Indian journal of veterinary science and animal husbandry - Volumes 28-29, 1958-1959
Year: 1958
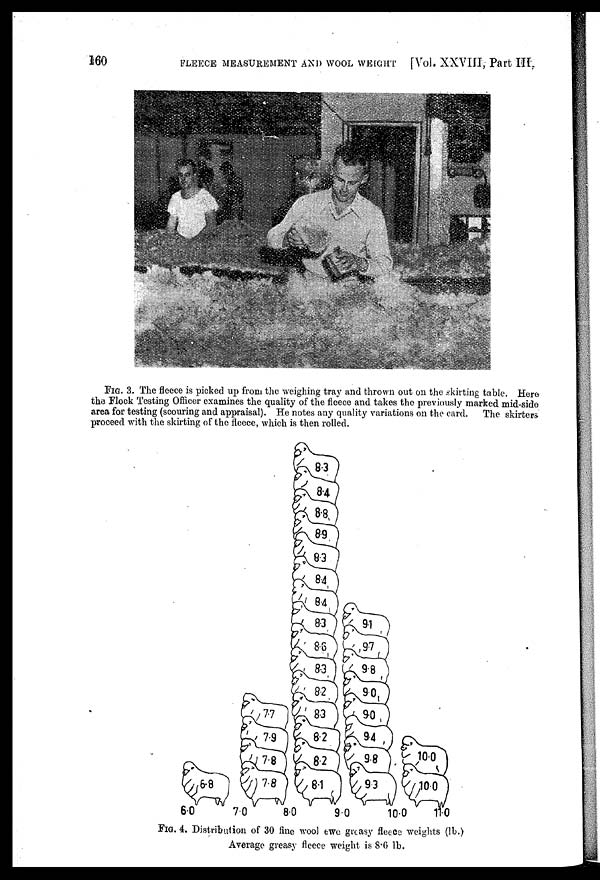
160
FLEECE MEASUREMENT AND WOOL WEIGHT [Vol. XXVIII, Part III.
FIG. 3. The fleece is picked up from the weighing tray and thrown out on the skirting table. Here
the Flock Testing Officer examines the quality of the fleece and takes the previously marked mid-side
area for testing (scouring and appraisal). He notes any quality variations on the card. The skirters
proceed with the skirting of the fleece, which is then
rolled.
FIG. 4. Distribution of 30 fine wool ewe greasy fleece weights (lb.)
Average greasy fleece weight is 8.6 lb.